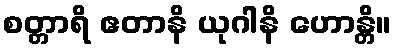
စတ္တာရိ ဧတာနိ ယုဂါနိ ဟောန္တိ။